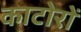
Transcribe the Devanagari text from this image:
काटोरों